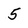
Character: 5